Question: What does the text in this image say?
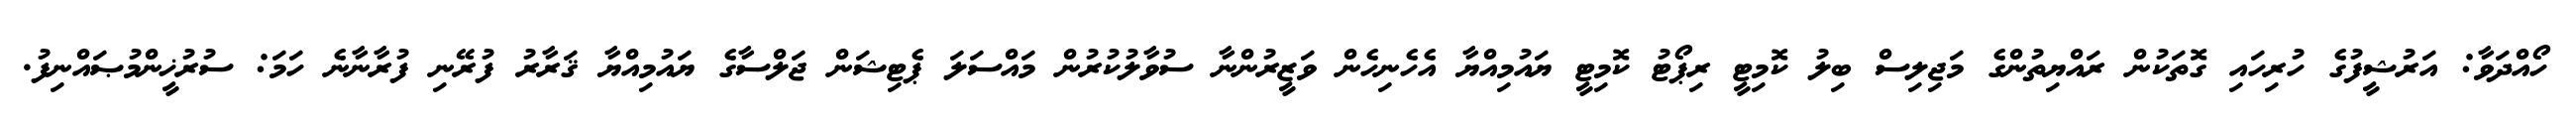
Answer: ހޯއްދަވާ: އަރުޝީފުގެ ހުރިހައި ގޮތަކުން ރައްޔިތުންގެ މަޖިލިސް ބިލު ކޮމިޓީ ރިޕޯޓު ކޮމިޓީ ޔައުމިއްޔާ އެހެނިހެން ވަޒީރުންނާ ސުވާލުކުރުން މައްސަލަ ޕެޓިޝަން ޖަލްސާގެ ޔައުމިއްޔާ ޤަރާރު ފުރޭނި ފުރާނާނެ ހަމަ: ސުރުޚީންމުޞައްނިފު.